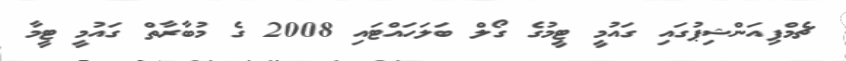
ޗެމްޕިއަންޝިޕުގައި ގައުމީ ޓީމުގެ ގޯލް ބަލަހައްޓައި 2008 ގެ މުބާރާތް ގައުމީ ޓީމާ